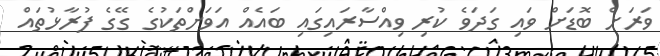
ވަރަށް ބޮޑަށް ވައި ގަދަވެ ކުރި ވިއްސާރައިގައި ބައެއް އަވަށްތަކުގެ ގޭގެ ފުރާޅުތައް